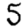
Digit: 5